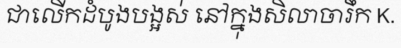
ជាលើកដំបូងបង្អស់ នៅក្នុងសិលាចារឹក K.